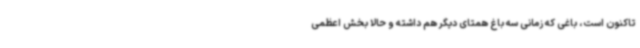
تاکنون است، باغی که زمانی سه باغ همتای دیگر هم داشته و حالا بخش اعظمی